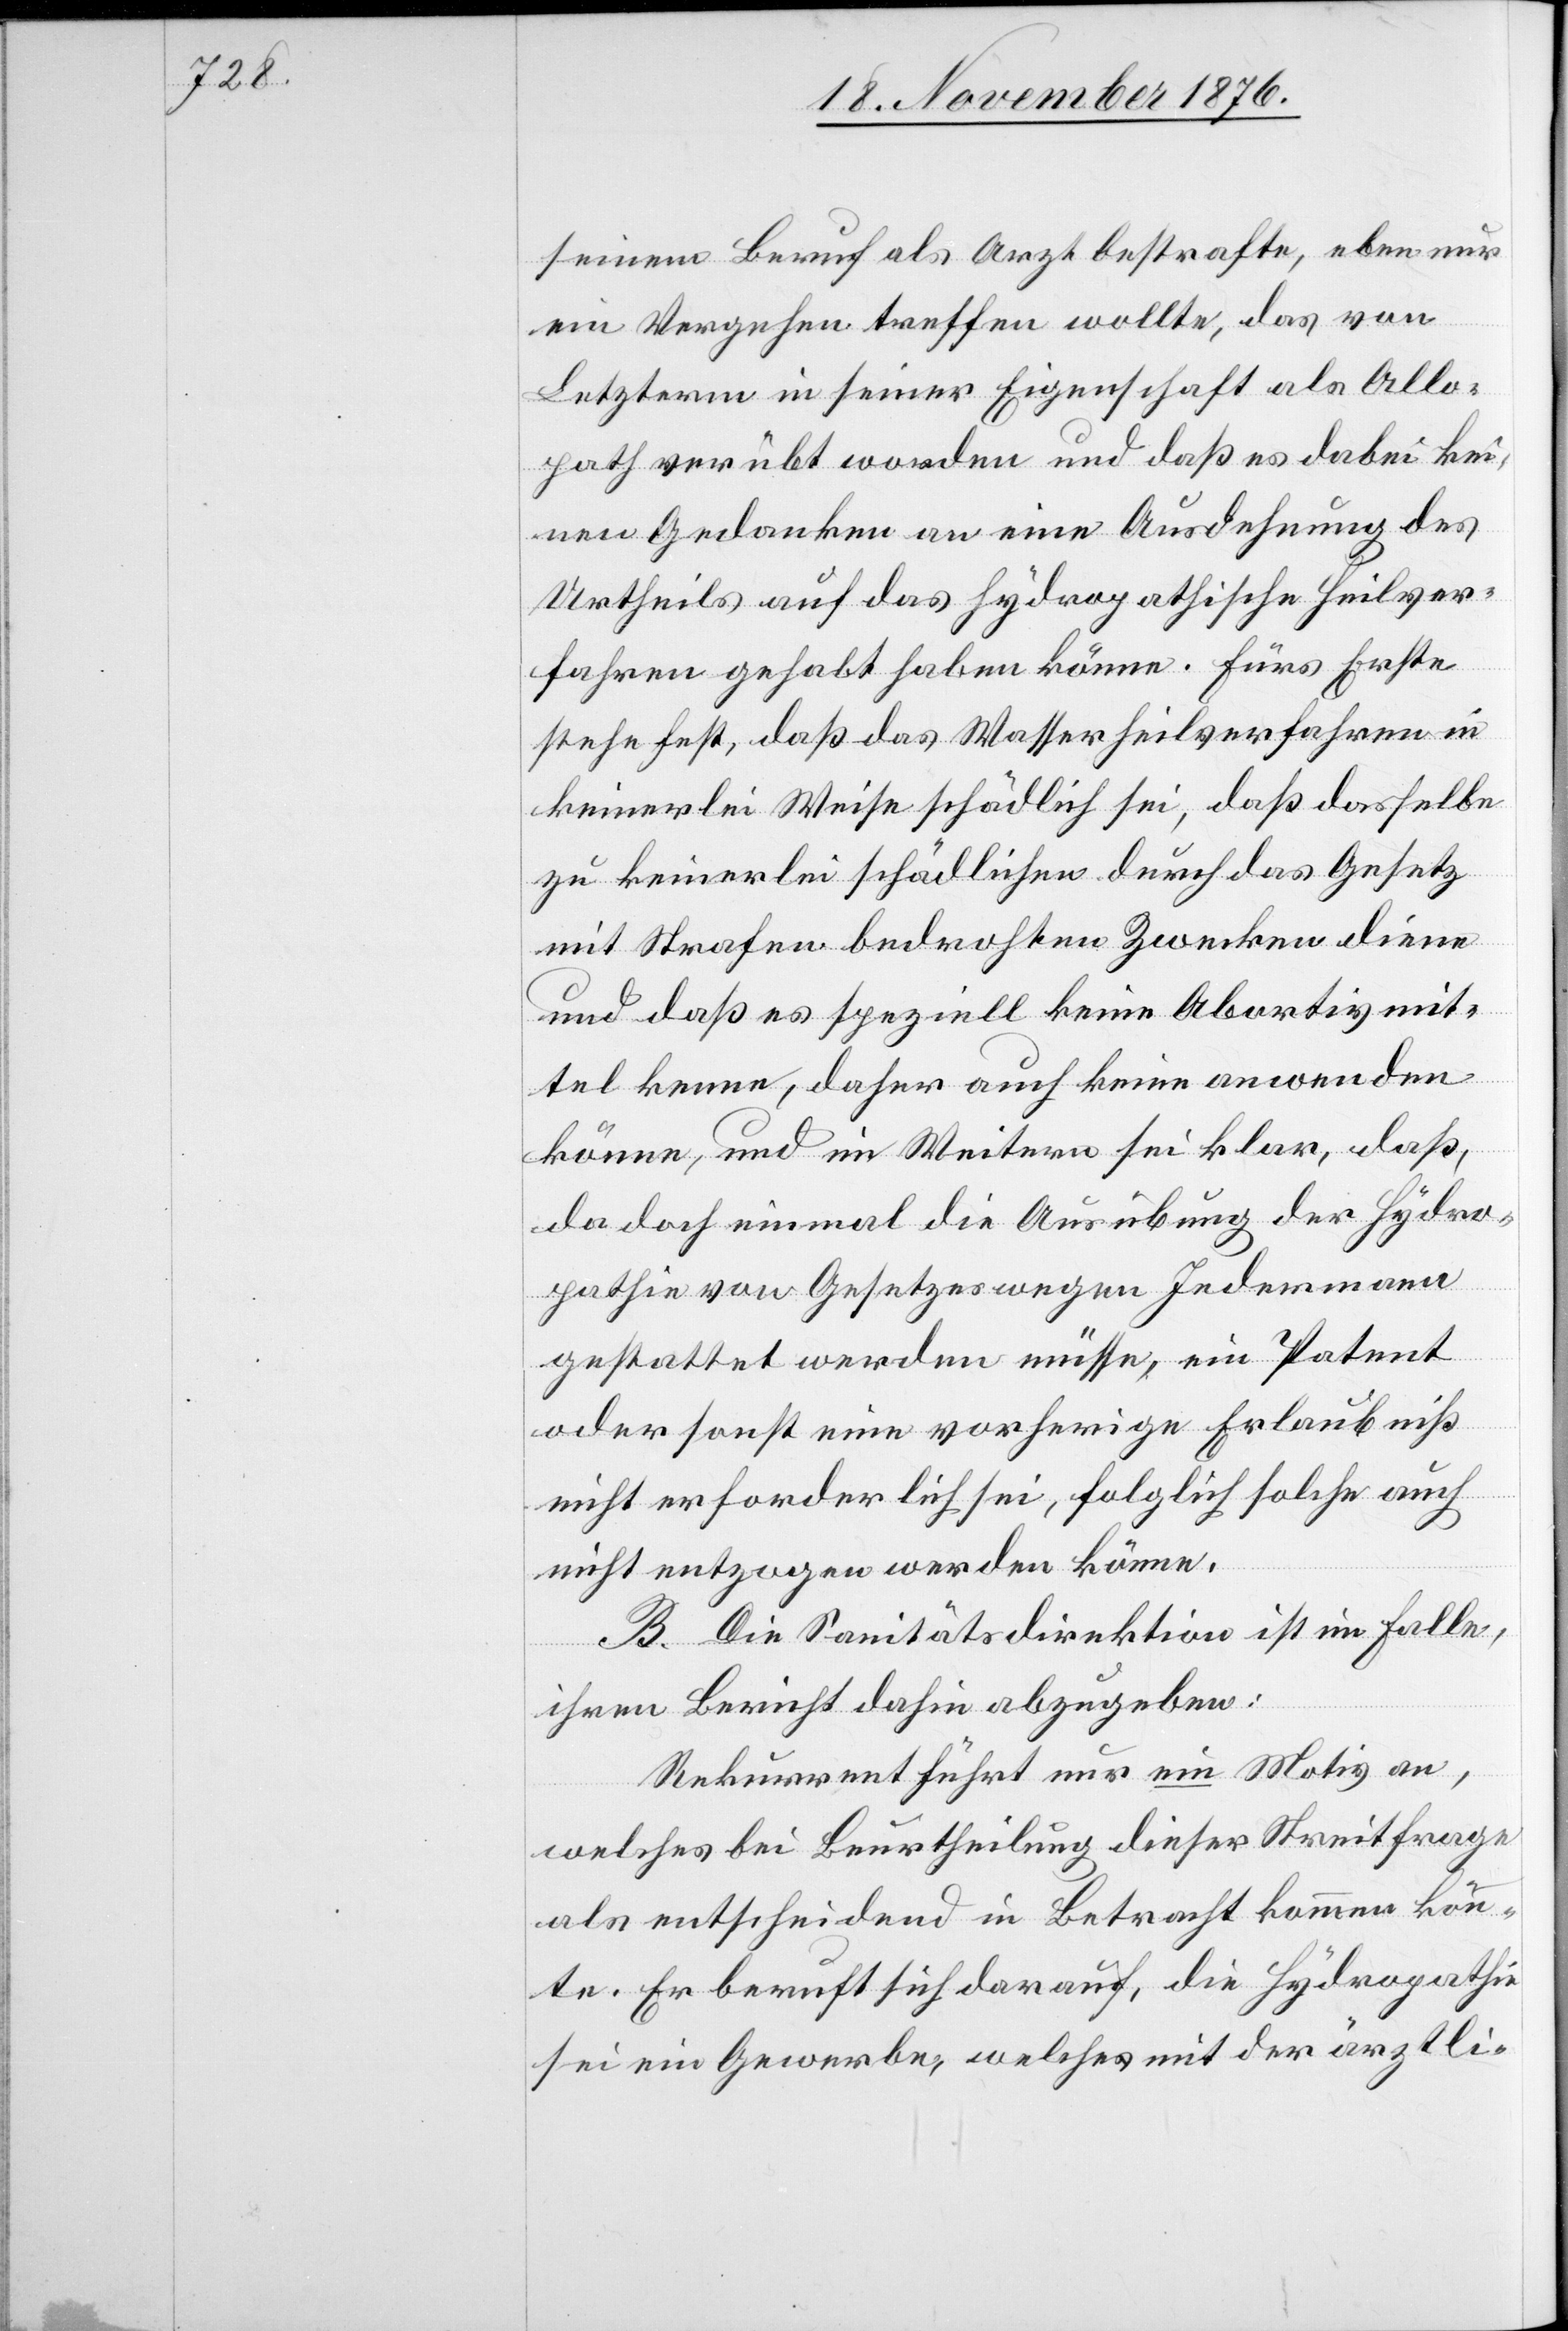
seinem Beruf als Arzt bestrafte, eben nur
ein Vergehen treffen wollte, das von
Letzterm in seiner Eigenschaft als Allo¬
path verübt worden und daß es dabei kei¬
nen Gedanken an eine Ausdehnung des
Urtheils auf das hydropathische Heilver¬
fahren gehabt haben könne. Fürs Erste
stehe fest, daß das Wasserheilverfahren in
keinerlei Weise schädlich sei, daß dasselbe
zu keinerlei schädlichen durch das Gesetz
mit Strafen bedrohten Zwecken diene
und daß es speziell keine Abortivmit¬
tel kenne, daher auch keine anwenden
könne, und im Weitern sei klar, daß,
da doch einmal die Ausübung der Hydro¬
pathie von Gesetzes wegen Jedermann
gestattet werden müsse, ein Patent
oder sonst eine vorherige Erlaubniß
nicht erforderlich sei, folglich solche auch
nicht entzogen werden könne.
B. Die Sanitätsdirektion ist im Falle,
ihren Bericht dahin abzugeben:
Rekurrent führt nur ein Motiv an,
welches bei Beurtheilung dieser Streitfrage
als entscheidend in Betracht kommen könn¬
te. Er beruft sich darauf, die Hydropathie
sei ein Gewerbe, welches mit der ärztli-